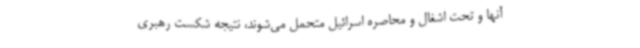
آنها و تحت اشغال و محاصره اسرائیل متحمل می‌شوند، نتیجه شکست رهبری